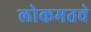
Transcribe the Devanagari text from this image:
लोकमतचे